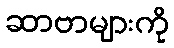
ဆာဗာများကို